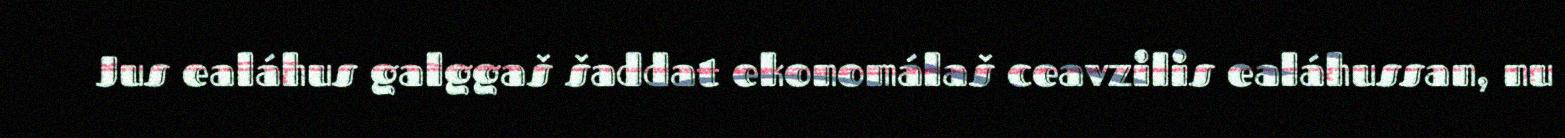
Jus ealáhus galggaš šaddat ekonomálaš ceavzilis ealáhussan, nu